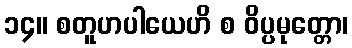
၁၄။ စတူဟပါယေဟိ စ ဝိပ္ပမုတ္တော၊